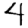
Digit: 4